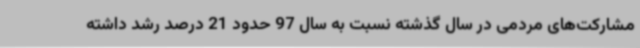
مشارکت‌های مردمی در سال گذشته نسبت به سال 97 حدود 21 درصد رشد داشته